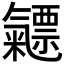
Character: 𣱯